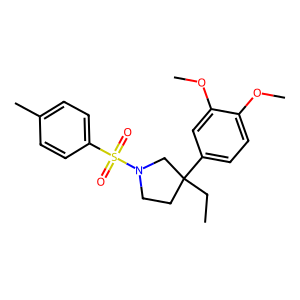
SMILES: CCC1(c2ccc(OC)c(OC)c2)CCN(S(=O)(=O)c2ccc(C)cc2)C1
Inhibits HIV replication: No